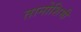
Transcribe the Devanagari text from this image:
तानोशिमी